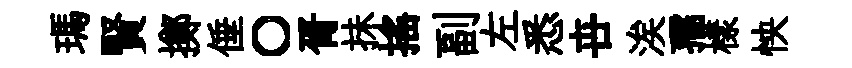
瑪賢擲倕〇胥抺搖副左悉卋涘孺樣怏